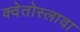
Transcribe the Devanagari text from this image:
क्वेतोस्लावा